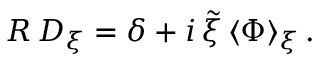
R \, D _ { \xi } = \delta + i \, \tilde { \xi } \, \langle \Phi \rangle _ { \xi } \, .